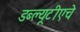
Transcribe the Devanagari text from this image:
डब्ल्यूटीएचे